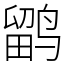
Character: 鹠